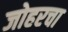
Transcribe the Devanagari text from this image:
जोहरचा